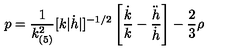
p = \frac { 1 } { k _ { ( 5 ) } ^ { 2 } } [ k | \dot { h } | ] ^ { - 1 / 2 } \left[ \frac { \dot { k } } { k } - \frac { \ddot { h } } { \dot { h } } \right] - \frac { 2 } { 3 } \rho